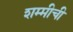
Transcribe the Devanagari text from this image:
शम्मीची